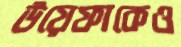
উয়েফাকেও